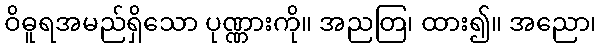
ဝိဓူရအမည်ရှိသော ပုဏ္ဏားကို။ အညတြ၊ ထား၍။ အညော၊